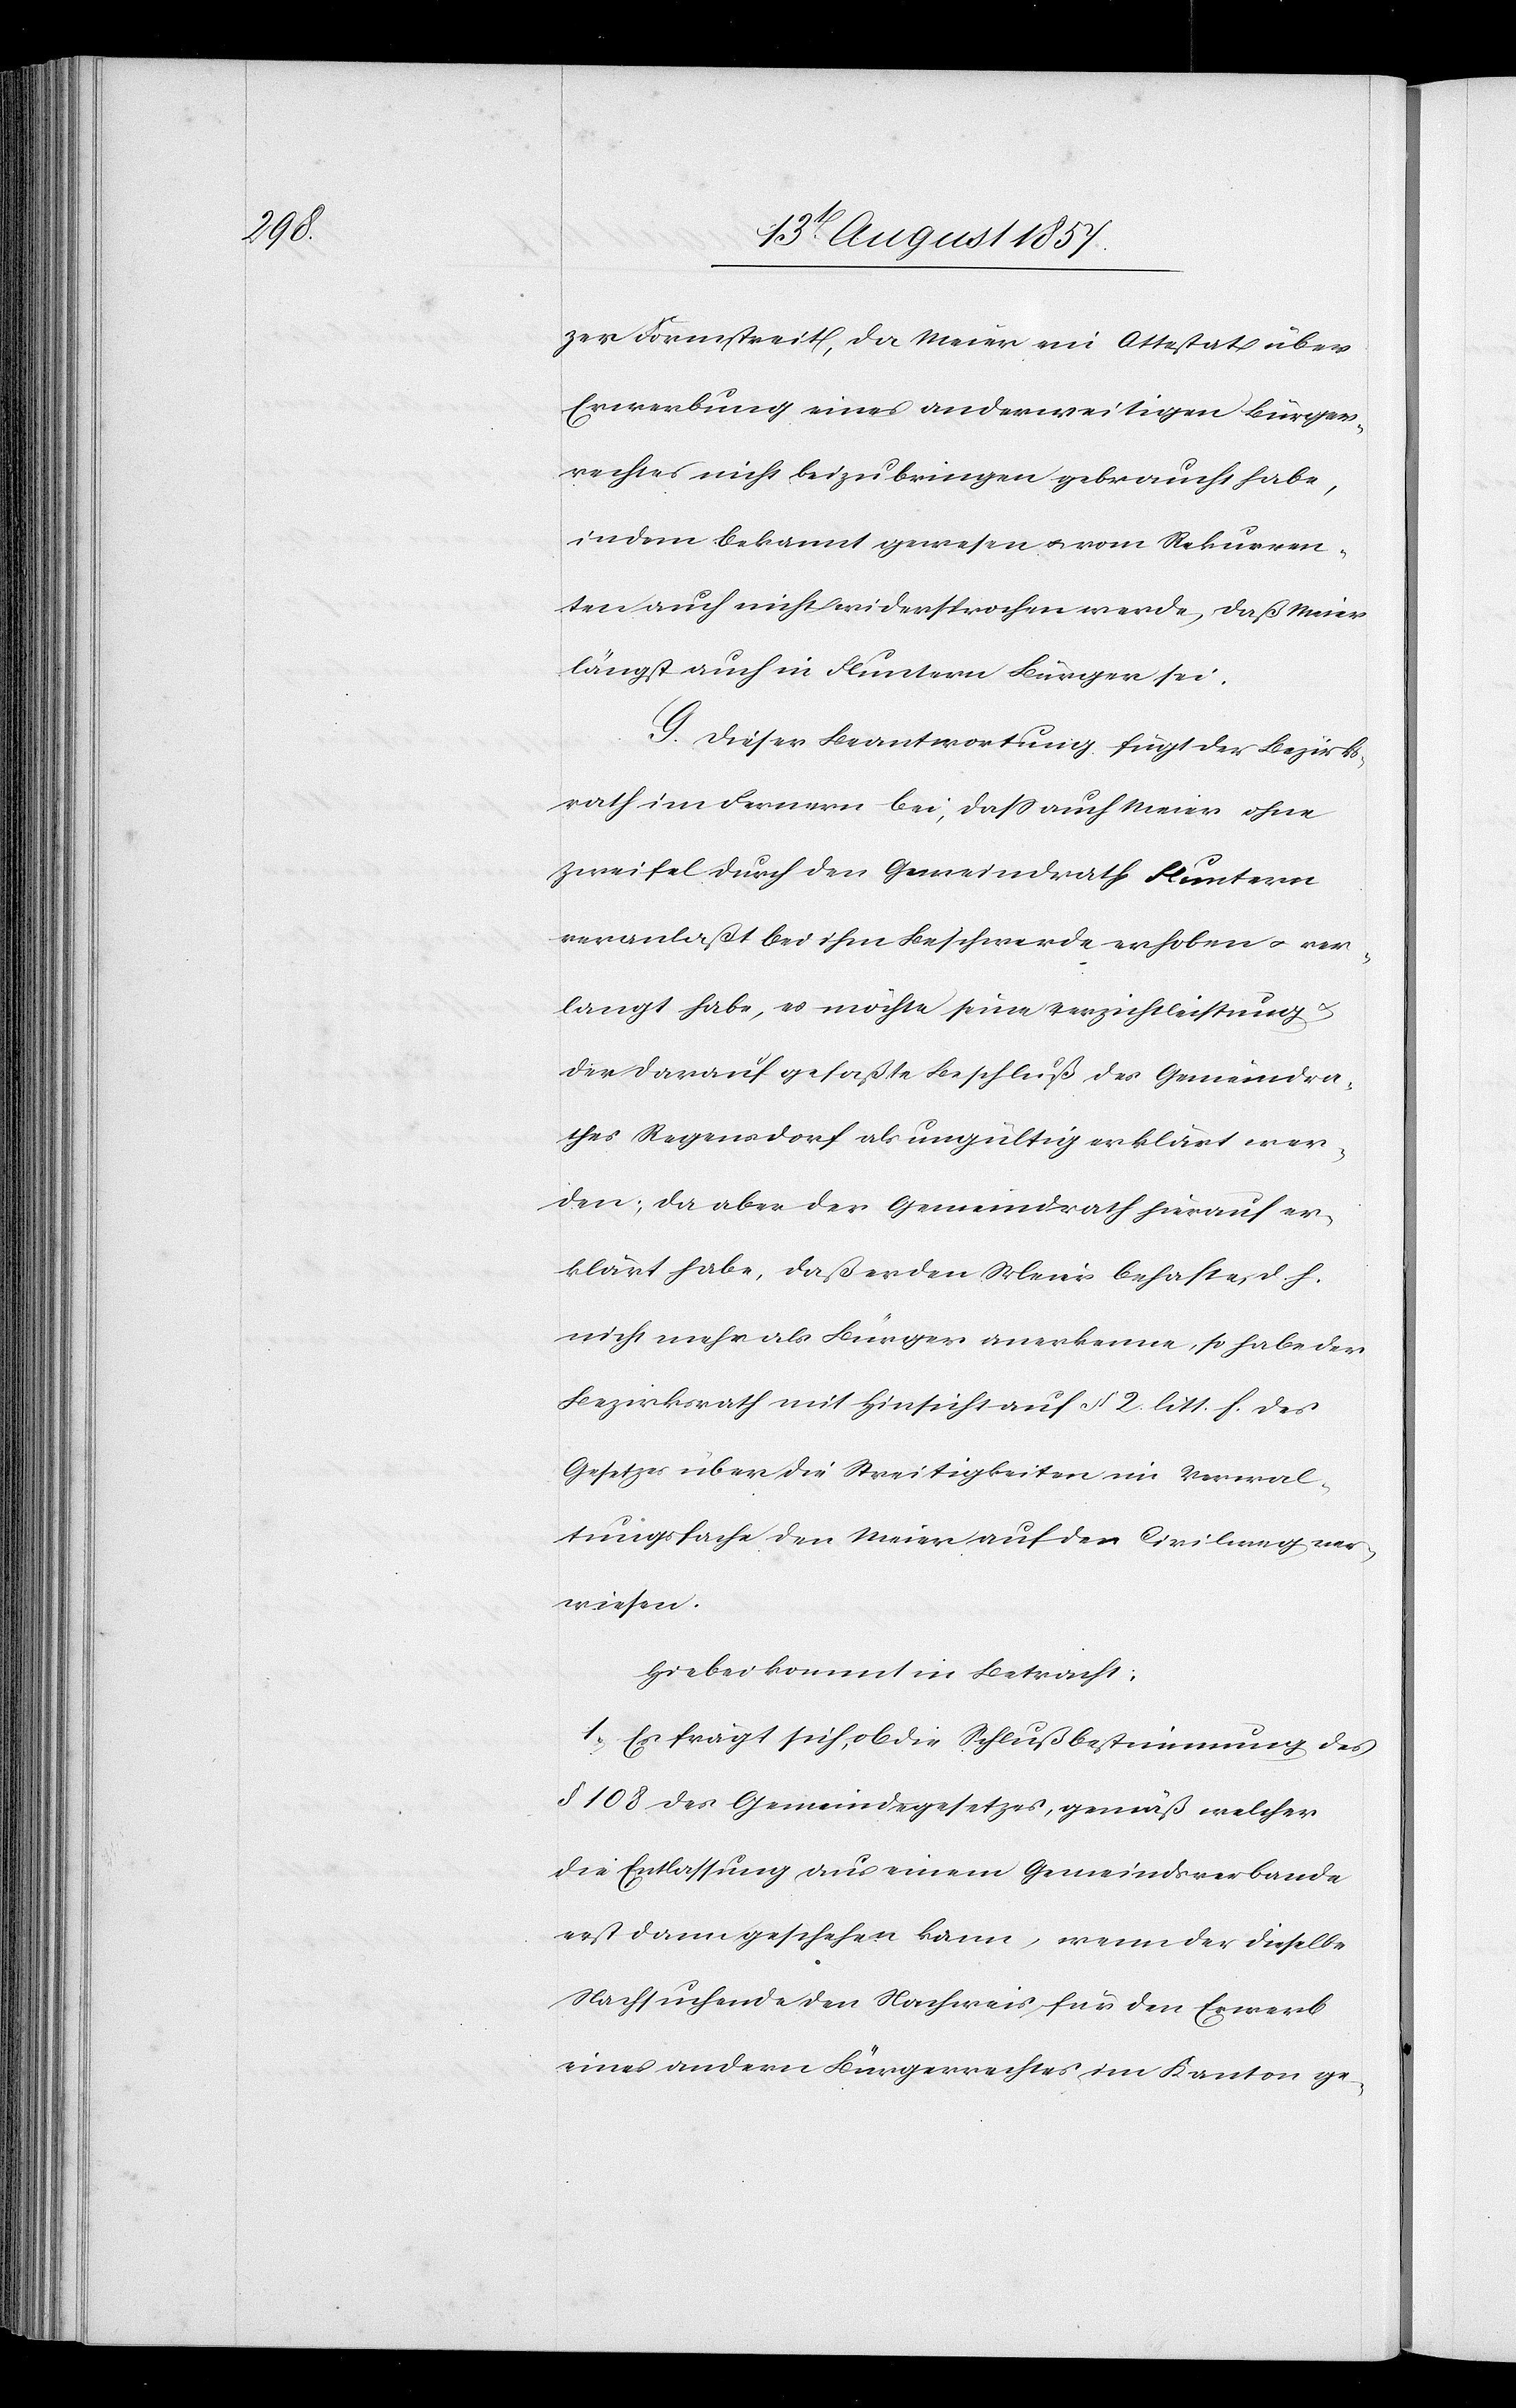
tzer Formstreit, da Meier ein Attestat über
Erwerbung eines anderweitigen Bürger¬
rechtes nicht beizubringen gebraucht habe,
indem bekannt gewesen & vom Rekurren¬
ten auch nicht widersprochen werde, daß Meier
längst auch in Fluntern Bürger sei.
G. Dieser Beantwortung fügt der Bezirks¬
rath im Fernern bei, daß auch Meier ohne
Zweifel durch den Gemeindrath Fluntern
veranlaßt bei ihm Beschwerde erhoben & ver¬
langt habe, es möchte seine Verzichtsleistung
der darauf gefaßte Beschluß des Gemeindra¬
thes Regensdorf als ungültig erklärt wer¬
den; da aber der Gemeindrath hierauf er¬
klärt habe, daß er den Meier behafte, d. h.
nicht mehr als Bürger anerkenne, so habe der
Bezirksrath mit Hinsicht auf § 2 litt. f. des
Gesetzes über die Streitigkeiten im Verwal¬
tungsfache den Meier auf den Civilweg ver¬
wiesen.
Hiebei kommt in Betracht:
1. Es frägt sich, ob die in Schlußbestimmung des
§ 108 des Gemeindegesetzes, gemäß welcher
die Entlassung aus einem Gemeindsverbande
erst dann geschehen kann, wenn dieselbe
Nachsuchende den Nachweis für den Erwerb
eines andern Bürgerrechtes im Kanton ge-